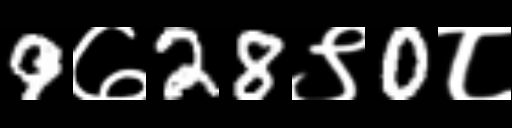
Text: 9७28९0८